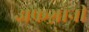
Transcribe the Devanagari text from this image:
अफग़ानी